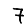
Digit: 7